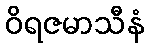
ဝိရဇမာသီနံ